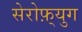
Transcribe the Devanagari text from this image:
सेरोफ़्युग